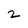
Character: 2